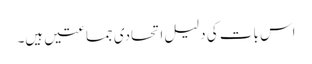
اس بات کی دلیل اتحادی جماعتیں ہیں۔